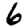
Digit: 6